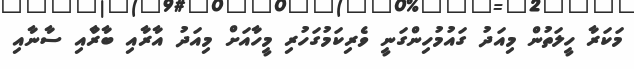
މަކަރާ ހީލަތުން މިއަދު ގައުމުހިންގަނީ ވެރިކަމުގަހުރި މީހާއަށް މިއަދު އާރާއި ބާރާްއި ސާނާއި